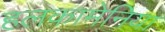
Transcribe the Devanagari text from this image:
हलकामेनिया